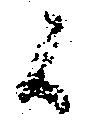
候